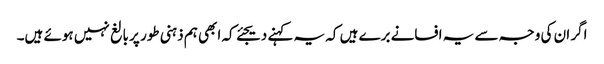
اگر ان کی وجہ سے یہ افسانے برے ہیں کہ یہ کہنے دیجئے کہ ابھی ہم ذہنی طور پر بالغ نہیں ہوئے ہیں۔